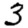
Digit: 3